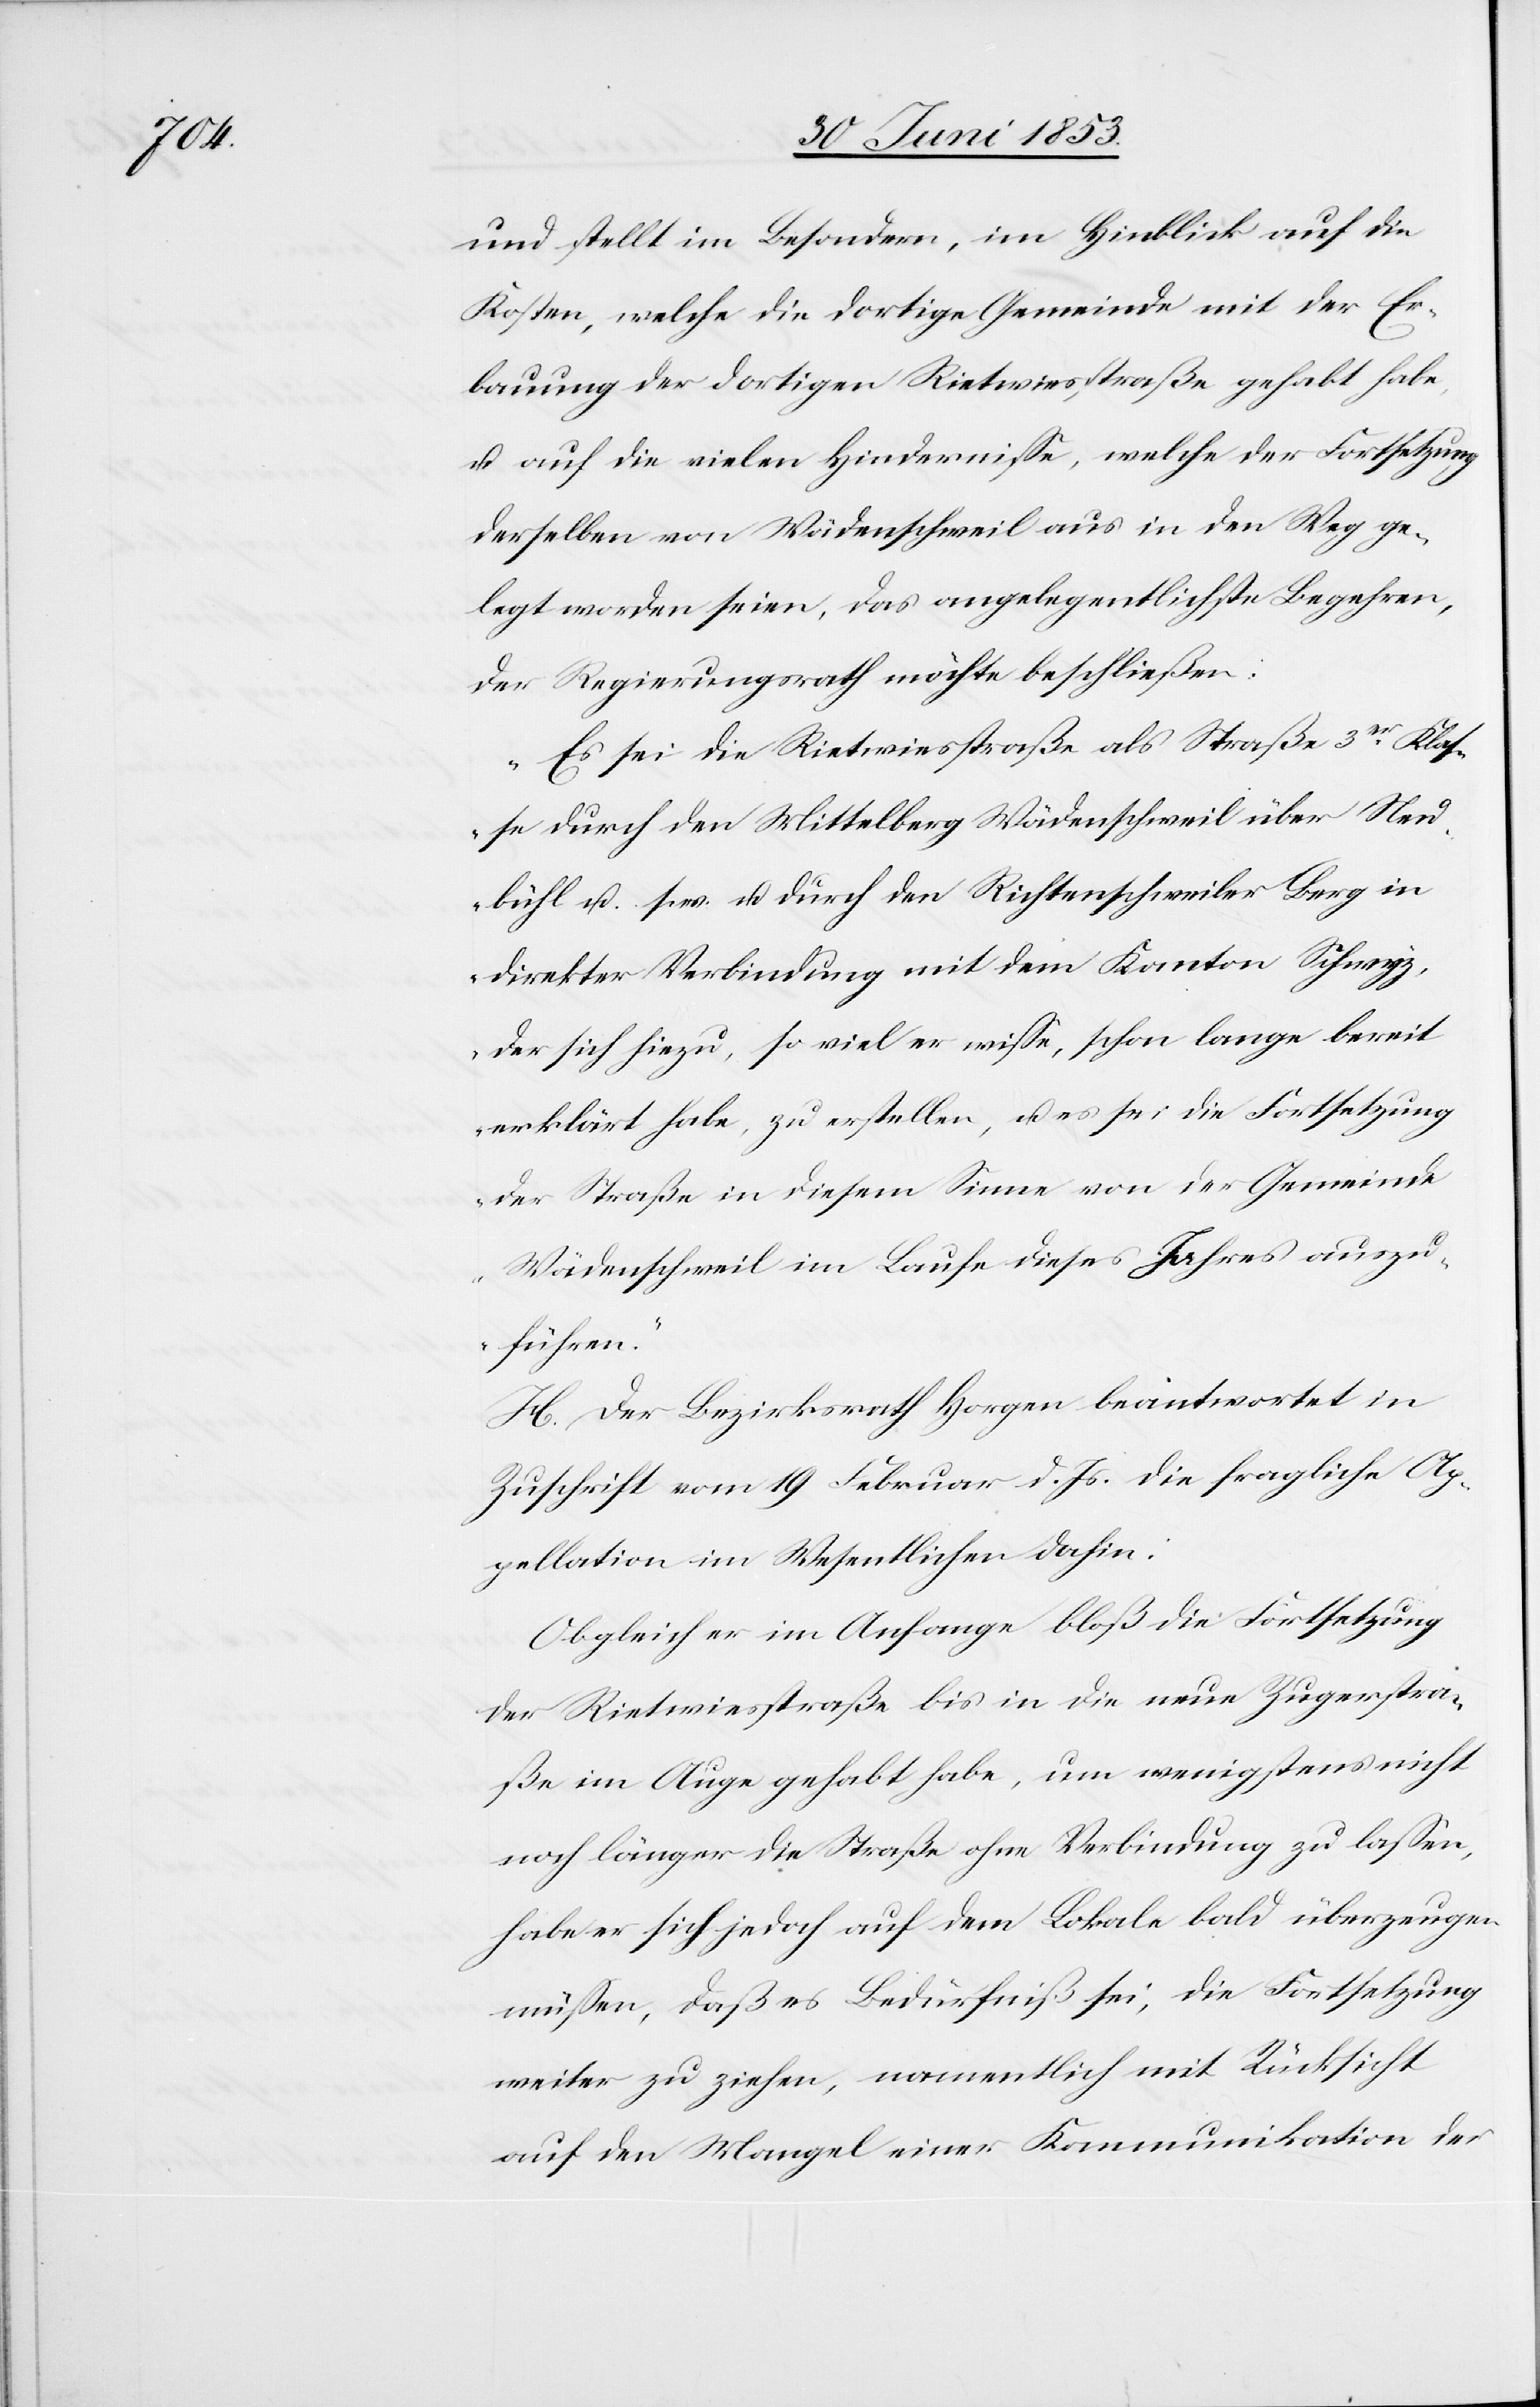
und stellt im Besondern, im Hinblick auf die
Kosten, welche die dortige Gemeinde mit der Er¬
bauung der dortigen Rietwiesstraße gehabt habe,
u. auf die vielen Hinderniße, welche der Fortsetzung
derselben von Wädenschweil aus in den Weg ge¬
legt worden seien, das angelegentlichste Begehren,
der Regierungsrath möchte beschließen:
„Es sei die Rietwiesstraße als Straße 3ter Klas¬
se durch den Mittelberg Wädenschweil über Neu¬
bühl u. s. w. durch den Richtenschweiler Berg in
direkter Verbindung mit dem Kanton Schwyz,
der sich hiezu, so viel er wiße, schon lange bereit
erklärt habe, zu erstellen, u. es sei die Fortsetzung
der Straße in diesem Sinne von der Gemeinde
Wädenschweil im Laufe dieses Jahres auszu¬
führen.“
H. Der Bezirksrath Horgen beantwortet in
Zuschrift vom 19 Februar d. Js. die fragliche Ap¬
pellation im Wesentlichen dahin:
Obgleich er im Anfange bloß die Fortsetzung
der Rietwiesstraße bis in die neue Zugerstra¬
ße im Auge gehabt habe, um wenigstens nicht
noch länger die Straße ohne Verbindung zu laßen,
habe er sich jedoch auf dem Lokale bald überzeugen
müßen, daß es Bedürfniß sei, die Fortsetzung
weiter zu ziehen, namentlich mit Rücksicht
auf den Mangel einer Kommunikation der